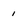
Character: i